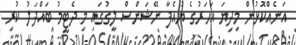
އަނެއްކޮޅުން މިދިޔަ އަހަރުގެ ޔުއެފާ ނޭޝަންސް ލީގުގައި މި ދެޓީމު ބައްދަލު ކުރި